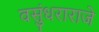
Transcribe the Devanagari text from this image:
वसुंधराराजे